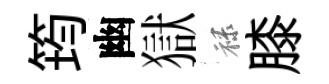
筠幽獄禄膝